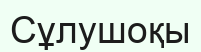
Сұлушоқы